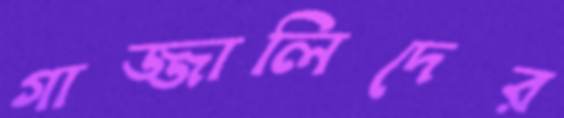
গাজ্জালিদের